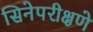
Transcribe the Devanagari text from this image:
सिनेपरीक्षणे